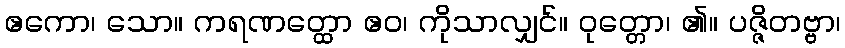
ဧကော၊ သော။ ကရဏတ္ထော ဧဝ၊ ကိုသာလျှင်။ ဝုတ္တော၊ ၏။ ပဇ္ဇိတဗ္ဗာ၊